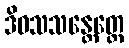
ဒိဝသသန္တေတ္တေ